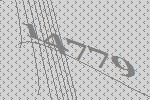
14779